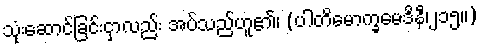
သုံးဆောင်ခြင်းငှာလည်း အပ်သည်ဟူ၏၊ (ပါတိမောက္ခမေဒိနီ၊၂၁၅။)